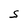
Character: S